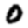
Digit: 0